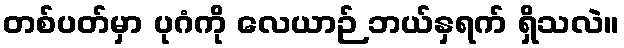
တစ်ပတ်မှာ ပုဂံကို လေယာဉ် ဘယ်နှရက် ရှိသလဲ။